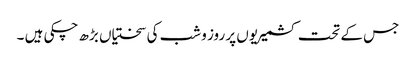
جس کے تحت کشمیریوں پر روز و شب کی سختیاں بڑھ چکی ہیں ۔